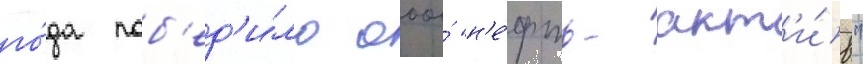
го́да поб'ед'и́ло ооо́ "н'е́фть-акт'и́в"